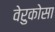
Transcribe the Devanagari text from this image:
वेरुकोसा